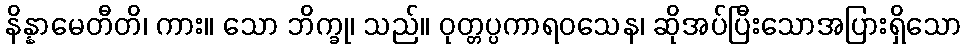
နိန္နာမေတီတိ၊ ကား။ သော ဘိက္ခု၊ သည်။ ဝုတ္တပ္ပကာရဝသေန၊ ဆိုအပ်ပြီးသောအပြားရှိသော